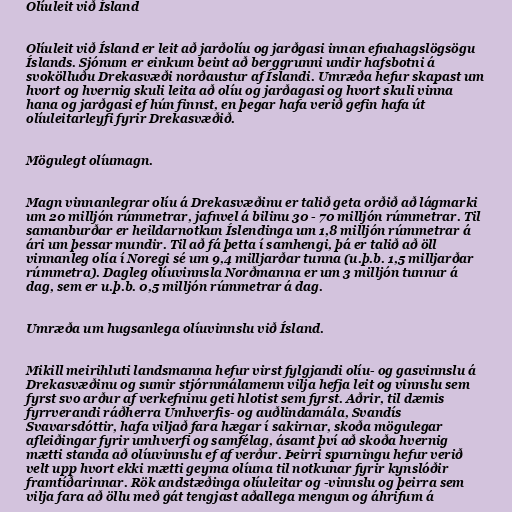
Olíuleit við Ísland

Olíuleit við Ísland er leit að jarðolíu og jarðgasi innan efnahagslögsögu
Íslands. Sjónum er einkum beint að berggrunni undir hafsbotni á
svokölluðu Drekasvæði norðaustur af Íslandi. Umræða hefur skapast um
hvort og hvernig skuli leita að olíu og jarðagasi og hvort skuli vinna
hana og jarðgasi ef hún finnst, en þegar hafa verið gefin hafa út
olíuleitarleyfi fyrir Drekasvæðið.

Mögulegt olíumagn.

Magn vinnanlegrar olíu á Drekasvæðinu er talið geta orðið að lágmarki
um 20 milljón rúmmetrar, jafnvel á bilinu 30 - 70 milljón rúmmetrar. Til
samanburðar er heildarnotkun Íslendinga um 1,8 milljón rúmmetrar á
ári um þessar mundir. Til að fá þetta í samhengi, þá er talið að öll
vinnanleg olía í Noregi sé um 9,4 milljarðar tunna (u.þ.b. 1,5 milljarðar
rúmmetra). Dagleg olíuvinnsla Norðmanna er um 3 milljón tunnur á
dag, sem er u.þ.b. 0,5 milljón rúmmetrar á dag.

Umræða um hugsanlega olíuvinnslu við Ísland.

Mikill meirihluti landsmanna hefur virst fylgjandi olíu- og gasvinnslu á
Drekasvæðinu og sumir stjórnmálamenn vilja hefja leit og vinnslu sem
fyrst svo arður af verkefninu geti hlotist sem fyrst. Aðrir, til dæmis
fyrrverandi ráðherra Umhverfis- og auðlindamála, Svandís
Svavarsdóttir, hafa viljað fara hægar í sakirnar, skoða mögulegar
afleiðingar fyrir umhverfi og samfélag, ásamt því að skoða hvernig
mætti standa að olíuvinnslu ef af verður. Þeirri spurningu hefur verið
velt upp hvort ekki mætti geyma olíuna til notkunar fyrir kynslóðir
framtíðarinnar. Rök andstæðinga olíuleitar og -vinnslu og þeirra sem
vilja fara að öllu með gát tengjast aðallega mengun og áhrifum á